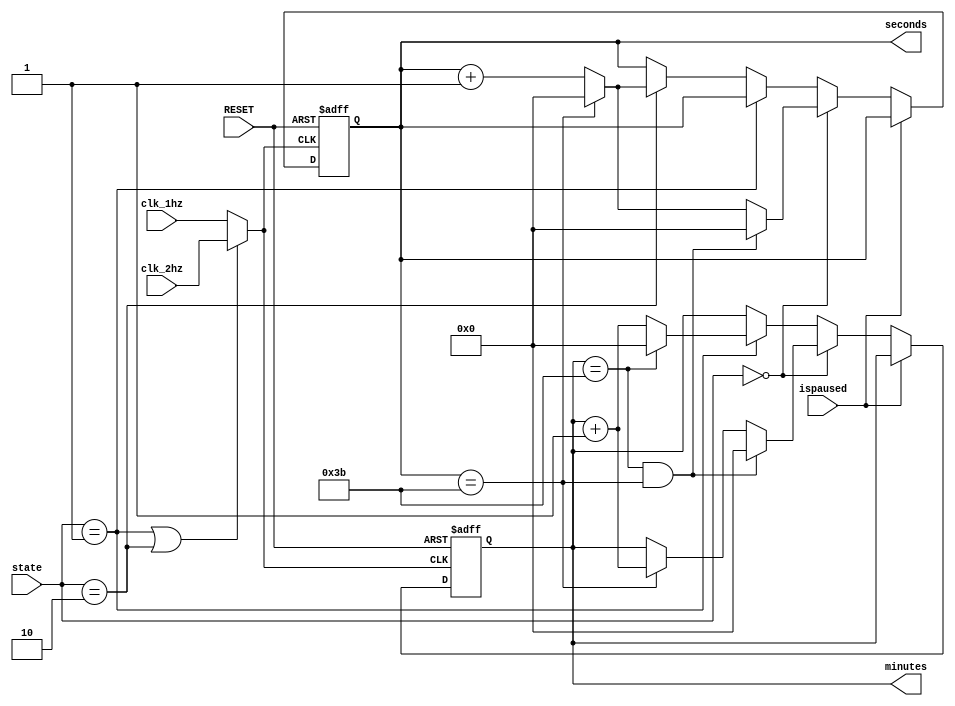
`timescale 1ns / 1ps
//////////////////////////////////////////////////////////////////////////////////
// Company: 
// Engineer: 
// 
// Design Name: 
// Module Name:    counter 
// Project Name: 
// Target Devices: 
// Tool versions: 
// Description: 
//
// Dependencies: 
//
// Revision: 
// Revision 0.01 - File Created
// Additional Comments: 
//
//////////////////////////////////////////////////////////////////////////////////
module counter(input RESET,
					input ispaused,
					input [2:0] state,
					input clk_1hz,
					input clk_2hz,
					output reg [5:0] minutes,
					output reg [5:0] seconds);

parameter basic = 4'd0;
parameter adj_min = 4'd1;
parameter adj_sec = 4'd2;

//pick 1 Hz clock for basic counter and 2 Hz clock for adjustment mode

reg state_clk;

always @(*) begin
	if (state == adj_min || state == adj_sec)
		state_clk <= clk_2hz;
	else 
		state_clk <= clk_1hz;
end

always @(posedge state_clk, posedge RESET) begin
	if (RESET) begin
		seconds = 0;
		minutes = 0;
	end
	
	else if (ispaused) begin
		seconds = seconds;
		minutes = minutes;
	end
	
	//basic: count mins and secs normally at 1 Hz
	else if(state == basic) begin 
		if (minutes == 59 && seconds == 59) begin
			seconds = 0;
			minutes = 0;
		end else if (seconds == 59) begin
			seconds = 0;
			minutes = minutes + 1;
		end else begin
			seconds = seconds + 1;
		end
	end 
	
	//adj_min: freeze secs and count mins at 2 Hz
	else if(state == adj_min) begin
		if (minutes == 59) begin
			minutes = 0;
		end else begin
			minutes = minutes + 1;
		end
	end 
	
	//adj_sec: freeze mins and count secs at 2 Hz
	else if(state == adj_sec) begin
		if (seconds == 59) begin
			seconds = 0;
		end else begin
			seconds = seconds + 1;
		end
	end		
	
end

endmodule